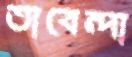
তাবেন্দা